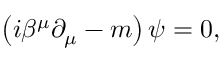
\left( i \beta ^ { \mu } \partial _ { \mu } - m \right) \psi = 0 ,